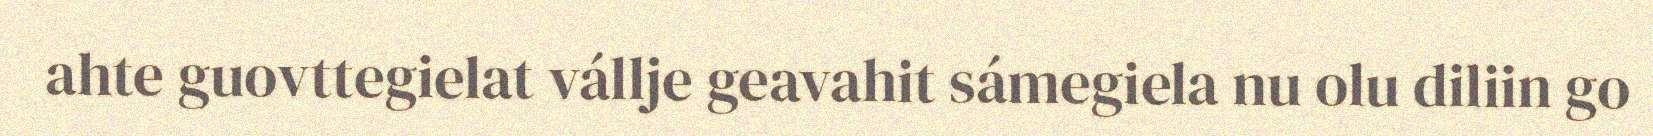
ahte guovttegielat vállje geavahit sámegiela nu olu diliin go